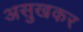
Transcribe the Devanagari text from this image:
असुखकर